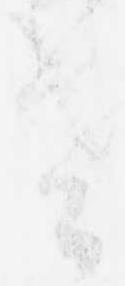
老